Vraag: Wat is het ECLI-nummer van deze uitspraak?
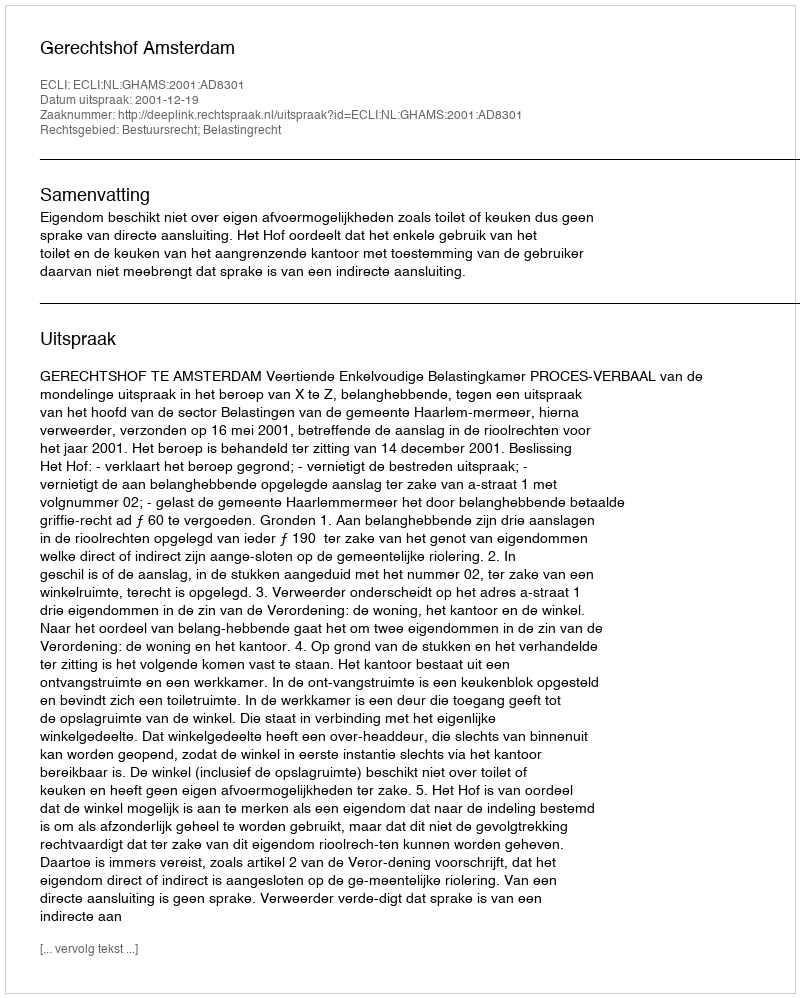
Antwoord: ECLI:NL:GHAMS:2001:AD8301